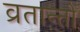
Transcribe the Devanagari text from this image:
व्रतान्तो